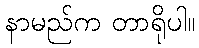
နာမည်က တာရိုပါ။